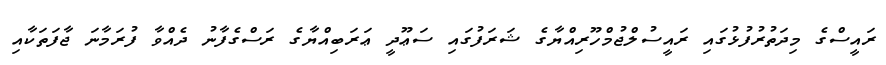
ރައީސްގެ މިދަތުރުފުޅުގައި ރައީސުލްޖުމްހޫރިއްޔާގެ ޝަރަފުގައި ސަޢޫދީ ޢަރަބިއްޔާގެ ރަސްގެފާނު ދެއްވާ ފުރަމާނަ ޖާފަތަކާއި